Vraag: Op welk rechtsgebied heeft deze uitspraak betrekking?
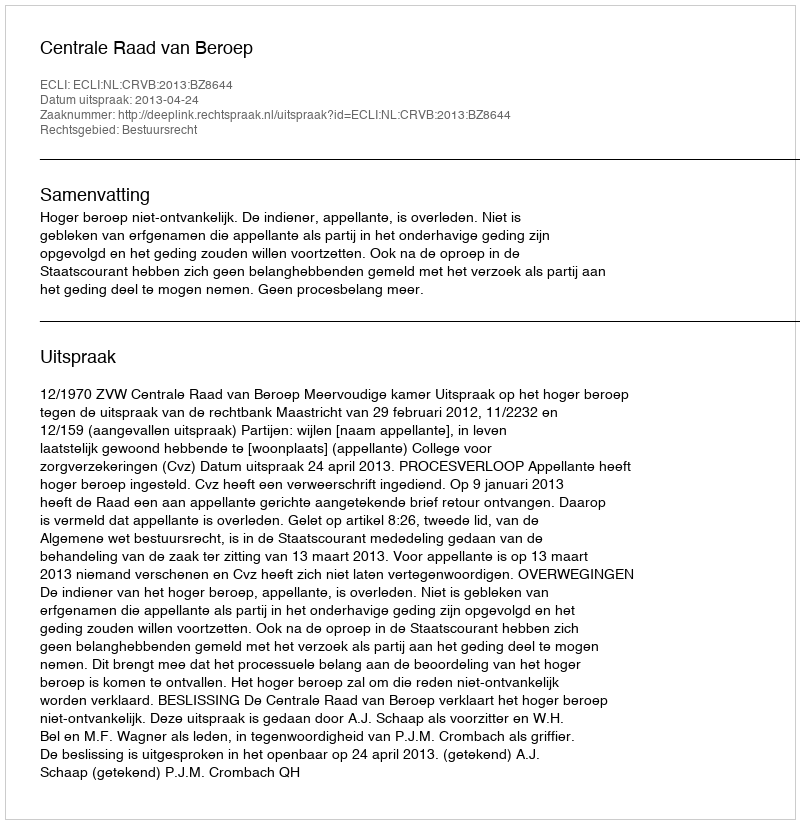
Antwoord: Bestuursrecht